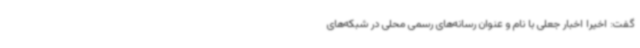
گفت: اخیرا اخبار جعلی با نام و عنوان رسانه‌های رسمی محلی در شبکه‌های